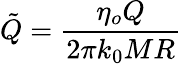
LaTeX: \tilde{Q}=\frac{\eta_{o}Q}{2\pi k_{0}MR}